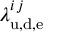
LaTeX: \lambda _ { \mathrm { u , d , e } } ^ { i \, j }